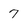
Character: 7